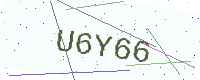
Text: U6Y66